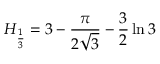
H _ { \frac { 1 } { 3 } } = 3 - { \frac { \pi } { 2 { \sqrt { 3 } } } } - { \frac { 3 } { 2 } } \ln { 3 }